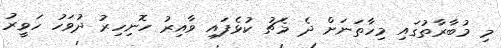
މި މުބާރާތުގައި މިހާތަނަށް ދެ މެޗު ކުޅެފައި ވާއިރު ހޮނިހިރު ދުވަހު ހަވީރު